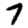
Digit: 7